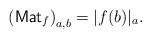
LaTeX: \begin{align*}{(\mathsf{Mat}_f)}_{a,b} = |f(b)|_a.\end{align*}